Vaccination in Bombay 1869-1873 - 1869-1873
Year: 1869
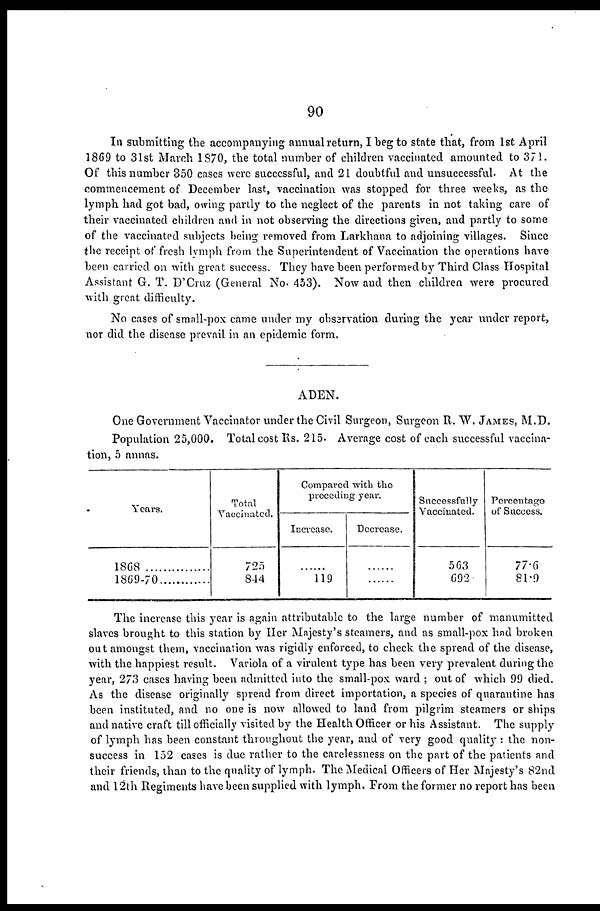
90
In submitting the accompanying annual return, I beg to state that, from 1st April
1869 to 31st March 1870, the total number of children vaccinated amounted to 371.
Of this number 350 cases were successful, and 21 doubtful and unsuccessful. At the
commencement of December last, vaccination was stopped for three weeks, as the
lymph had got bad, owing partly to the neglect of the parents in not taking care of
their vaccinated children and in not observing the directions given, and partly to some
of the vaccinated subjects being removed from Larkhana to adjoining villages. Since
the receipt of fresh lymph from the Superintendent of Vaccination the operations have
been carried on with great success. They have been performed by Third Class Hospital
Assistant G. T. D'Cruz (General No. 453). Now and then children were procured
with great difficulty.
No cases of small-pox came under my observation during the year under report,
nor did the disease prevail in an epidemic form.
ADEN.
One Government Vaccinator under the Civil Surgeon, Surgeon R. W. JAMES, M.D.
Population 25,000. Total cost Rs. 215. Average cost of each successful vaccina-
tion, 5 annas.
Years.
1868
...............
1869-70............
Total
Vaccinated.
725
844
Compared with the
preceding year.
Increase.
......
119
Decrease.
......
......
Successfully
Vaccinated.
563
692
Percentage
of Success.
77.6
81.9
The increase this year is again attributable to the large number of manumitted
slaves brought to this station by Her Majesty's steamers, and as small-pox had broken
out amongst them, vaccination was rigidly enforced, to check the spread of the disease,
with the happiest result. Variola of a virulent type has been very prevalent during the
year, 273 cases having been admitted into the small-pox ward ; out of which 99 died.
As the disease originally spread from direct importation, a species of quarantine has
been instituted, and no one is now allowed to land from pilgrim steamers or ships
and native craft till officially visited by the Health Officer or his Assistant. The supply
of lymph has been constant throughout the year, and of very good quality : the non¬
success in 152 cases is due rather to the carelessness on the part of the patients and
their friends, than to the quality of lymph. The Medical Officers of Her Majesty's 82nd
and 12th Regiments have been supplied with lymph. From the former no report has been